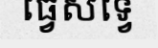
ធ្វេសទ្វេ